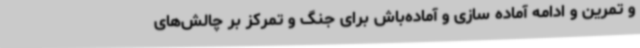
و تمرین و ادامه آماده سازی و آماده‌باش برای جنگ و تمرکز بر چالش‌های